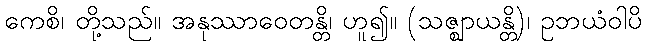
ကေစိ၊ တို့သည်။ အနုဿာဝေတန္တိ၊ ဟူ၍။ (သဇ္ဈာယန္တိ)၊ ဥဘယံဝါပိ